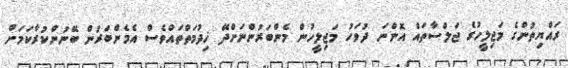
ރައްޔިތުންގެ މަޖިލީހުގެ ޖަލްސާތައް އޮންނަ ދުވަހު މަޖިލީހުން މެންބަރުންނަށްދޭ ޚިދުމަތްތައްވެސް އެމެންބަރުން ބޭނުންކުރާކަމަށް